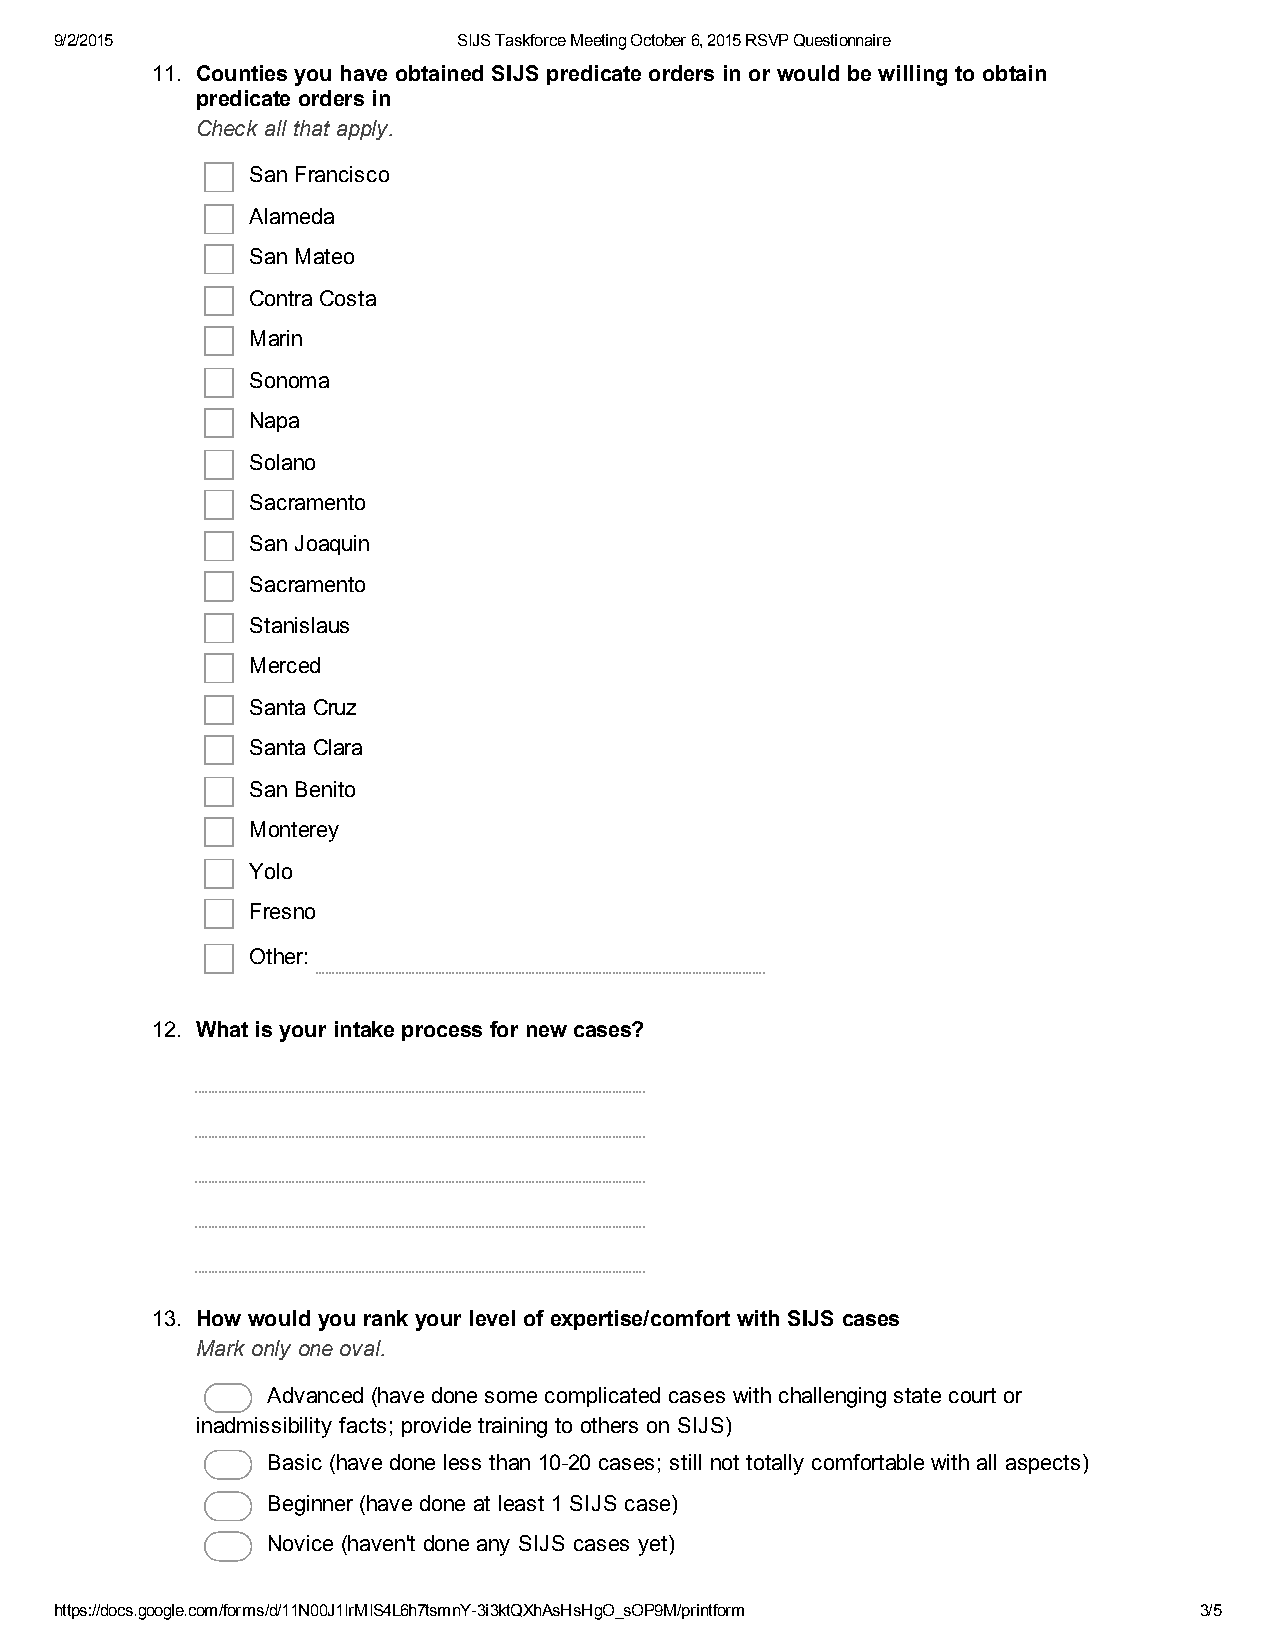
9/2/2015                  SIJS Taskforce Meeting October 6, 2015 RSVP Questionnaire
 11. Counties you have obtained SIJS predicate orders in or would be willing to obtain
 predicate orders in
 Check all that apply.
 San Francisco
 Alameda
 San Mateo
 Contra Costa
 Marin
 Sonoma
 Napa
 Solano
 Sacramento
 San Joaquin
 Sacramento
 Stanislaus
 Merced
 Santa Cruz
 Santa Clara
 San Benito
 Monterey
 Yolo
 Fresno
 Other:
 12. What is your intake process for new cases?
 13. How would you rank your level of expertise/comfort with SIJS cases
 Mark only one oval.
 Advanced (have done some complicated cases with challenging state court or
 inadmissibility facts; provide training to others on SIJS)
 Basic (have done less than 10­20 cases; still not totally comfortable with all aspects)
 Beginner (have done at least 1 SIJS case)
 Novice (haven't done any SIJS cases yet)
 https://docs.google.com/forms/d/11N00J1IrMIS4L6h7tsmnY­3i3ktQXhAsHsHgO_sOP9M/printform 3/5